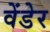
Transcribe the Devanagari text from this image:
वेंडेर